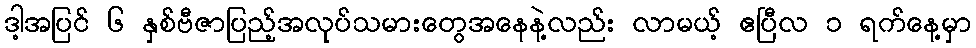
ဒါ့အပြင် ၆ နှစ်ဗီဇာပြည့်အလုပ်သမားတွေအနေနဲ့လည်း လာမယ့် ဧပြီလ ၁ ရက်နေ့မှာ